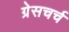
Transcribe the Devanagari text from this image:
ग्रेसचर्च